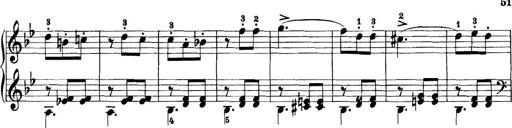
Title: 11 Sonatinas
Composer: Anton Diabelli